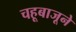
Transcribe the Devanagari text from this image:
चहूबाजूने